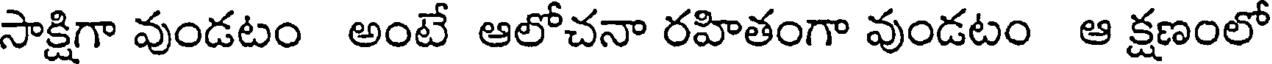
సాక్షిగా వుండటం అంటే ఆలోచనా రహితంగా వుండటం ఆ క్షణంలో